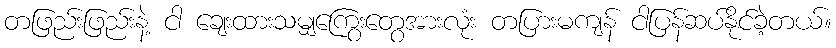
တဖြည်းဖြည်းနဲ့ ငါ ချေးထားသမျှကြွေးတွေအားလုံး တပြားမကျန် ငါပြန်ဆပ်နိုင်ခဲ့တယ်။